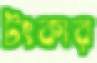
টংকার